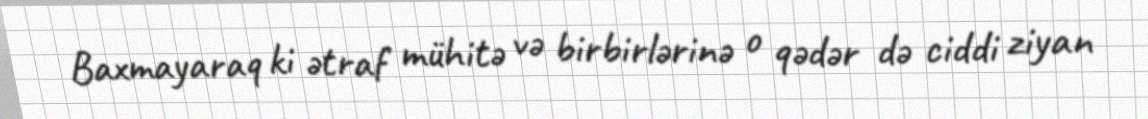
Baxmayaraq ki ətraf mühitə və birbirlərinə o qədər də ciddi ziyan